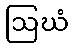
ဩဃံ